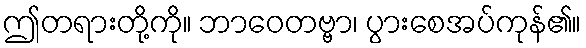
ဤတရားတို့ကို။ ဘာဝေတဗ္ဗာ၊ ပွားစေအပ်ကုန်၏။